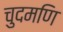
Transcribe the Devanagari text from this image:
चुदमणि